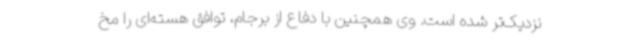
نزدیک‌تر شده است. وی همچنین با دفاع از برجام، توافق هسته‌ای را مخ